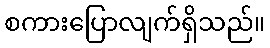
စကားပြောလျက်ရှိသည်။